Vital statistics of India. Vol. IV, Annual returns from 1871 to 1876. British Army of India, Native Army and jails of Bengal
Year: 1871
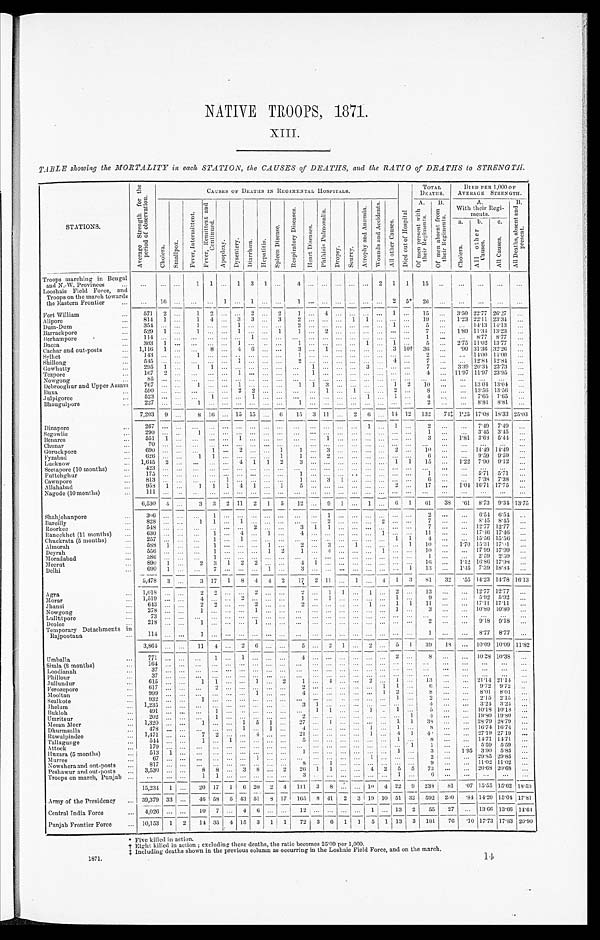
NATIVE TROOPS, 1871.
XIII.
TABLE showing the MORTALITY in each. STATION, the CAUSES of DEATHS, and the RATIO of DEATHS to ST
STRENGTH.
S T A T I O N S .
A v e r a g e S t r e n g t h f o r t h e p e r i o d o b s e r v a t i o n .
C A U S E S O F D E A T H S I N R E G I M E N T A L H O S P I T A L S .
D i e d o u t o f H o s p i t a l .
T O T A L D E A T H S .
D I E D P E R 1 , 0 0 0 O F A V E R A G E S T R E N G T H .
C h o l e r a . S m a l l p o x .
F e v e r , I n t e r m i t t e n t .
F e v e r , R e m i t t e n t a n d c o n t i n u e d .
A p o p l e x y .
D y s e n t e r y . D i a r r h œ a .
H e p a t i t i s .
S p l e e n D i s e a s e s .
R e s p i r a t o r y D i s e a s e s .
H e a r t d i s e a s e s .
P h t h i s i s p u l m o n a l i s .
D r o p s y . S e u r v y .
A t r o p h y a n d A n æ m i a . W o u n d s a n d A c c i d e n t s .
A l l o t h e r C a u s e s .
A .
o f m e n p r e s e n t w i t h t h e i r R e g i m e n t s B .
o f m e n a b s e n t f r o m t h e i r R e g i m e n t s .
A .
W i t h t h e i r R e g i m e n t s .
B .
A l l D e a t h s , a s e n t a n d p r e s e n t .
a .
C h o l e r a . b .
A l l o t h e r c a u s e s .
c .
A l l C a u s e s .
Troops marching in
Bengal and N.-W. Provinces ...
... ... ...
1 1 ... 1 3 1 .
..
4 . . . . . . . . .
... . . .
2 1 1 15
. . . . . . . . .
. . . . . .
Looshaie Field Force, and
Troops on the march towards
the Eastern Frontier ...
. . . 16 . . . . . . . . . 1 . . . 1 . . .
... 1 ... . . . . . . ... . . . . . . 2 5* 26 . . . ... ... ... ...
Fort William
... 571 2 . . . 1 2 ... ... 2 ... 2
1 ... 4 . . . ... . . . . . . 1 . . . 1 5 . . . 3.50 22.77 26.27 ...
Al i pore
... 814 1 ... 1 4 ... 3 3 ... 3 2 ... ... ... 1 1 . . . ... ... 19 ... 1.23 22.11 23.34 ...
Dum-Dum
. . .
3 5 4
... . . . 1 . . . . . . 1 . . . . . . ...
2 ... . . . . . . ... . . . . . . 1 . . . 5 . . .
. . . 1 4 . 1 3 1 4 . 1 3 ...
Barrackpore
. . . 529 1 . . . 1 . . . . . . 1 . . . . . . 1 1 ... 2 . . . ... . . . . . . . . . . . . 7 ... 1.89 11.34 13.23 . . .
Berhampore
. . . . .
1 1 4
... . . . . . . . . . . . . . . . . . . . . . . . . . 1 . . . ...
. . . ... . . . . . . ... ... . . . ... ... 1 ...
. . . 8.77 8.77 . . .
Dacca
. . . 363 1 ... ...
. . . . . . 1 ... . . ...
1 ... . . . . . . ... 1 . . . 1 . . . 5 . . . 2.75 11.02 13.77 ...
Cachar and out-posts ... 1,116 1 ... . . . 8 . . . 4 6 . . . ...
3 ... 1 . . . ... . . . . . . 3 1 0 † 36 ...
. 9 0 31.36 3 2 . 2 6 . . .
Sylhet
. . . 143 ... ... 1 ... ... .. ... . . . ...
1 ... . . . . . . ... . . . . . . . . . . . . 2 . . . ... 14.00 1 4 . 0 0 ...
Shillong
... 545 ... ... . . .
. . . . . . 1 . . . . . . ...
2 ... . . . . . . ... . . . . . . 4 . . . 7 . . . . . . 12.84 12.84 ...
Gowhatty
. . . 295 1 . . . 1 1 . . . . . . . . . . . . ...
. . .
1 . . . . . . ... 3 . . . . . . ... 7 . . . 3.39 20.34 23.73 . . .
Tezpore
...
1 6 7 2 . . . . . . . . . . . . 1 . . . . . . ...
. . .
1 . . . . . . ... . . . . . . . . . ... 4 ... 11.97 11.97 23.95 . . .
Nowgong
. . .
8 5 ... . . . . . . . . . . . . . . . . . . ... ... ... ... . . . . . . ... ... ... . . . . . . . . . ...
. . . . . .
. . . ...
Debrooghur and Upper Assam 767 ... . . . 1 . . . . . . 1 . . . . . .
... 1 1 3 . . . ... ... . . . 1 2 10 ... ... 13.04 13.04 . . .
Buxa
... 590 ... ... ... . . . . . . 2 2 . . .
... . . . ... 1 . . .
1 . . . . . . 2 . . . 8 ... ... 13.56 13.56; ...
Julpigoree
... 523 ... . . . . . . 1 . . . . . . 1 . . .
... . . . ... . . . . . . . . . 1 ... 1 . . . 4 . . . ... 7.65 7.65 . . .
Bhaugulpore
. . . 227 ... . . . 1 . . . . . . . . . . . . . . .
... 1 ... . . . . . . . . . . . . . . . . . . . . . 2 ... ... 8.81 8.81 ...
7,203 9 ... 8 16 ... 15 15 ... 6 15 3 11 ... 2 6 . . . 14 12 132 74‡ 1 . 2 5 17. 088 18.33 25.03
Dinapore
. . . 267 ... . . . . . . . . . . . . . . . . . . . . .
... . . . ... ... ... ... 1 . . . 1 . . . 2 . . . ... 7.49 7.49
. . .
Segowl i e
. . . 290 ... . . . 1 . . . ... ... ... ... ... ... ... ... . . . ... . . . . . . ... ... 1 . . . ... 3.45 3.45 . . .
Benares
. . .
5 5 1
1 . . . . . . . . . . . . 1 . . . . . . ... . . . ... 1
...
. . .
3 ...
1 . 8 1 3.63 5.44 . . .
Chunar
. . .
7 0
... . . . . . . . . . . . . . . . . . . . . . ... . . . ... . . . . . . ... . . . . . . . . . . . . . . . ... ...
. . . . . . . . .
Goruckpore
... 690 ... . . . . . . 1 . . . 2 . . . . . .
1 1 ... 3 . . . ... . . . . . . . 2 ... 10 ...
. . . 14.49 14.49 ...
Fyzabad
. . . 626 ... ...
1 1 . . . . . . . . . . . .
1
1 ... 2 . . .
... . . . . . . ... ... 6 ...
9.59 9 . 5 9 . . .
Lucknow
... 1,615 2 . . . ... . . . ... 4 1 1 2
3 ... . . . . . .
... . . . . . . 1 1 15 . . . 1. 22 7.90 9.12 . . .
Seelapore (10 months) ... 423 ... . . . . . . . . . . . . . . . . . . . . . ... . . . ... . . . ... ... . . . . . . . . . . . . . . . ... ... . . .
. . . ...
Futtehghur
...
1 7 5 ... . . . . . . . . . ... . . . ... ... ... . . . ... . . . . . .
... . . . . . ... ...
1 ... ... 5.71 5.71 . . .
Cawnpore
813 ... . . . . . . . . . 1 . . . . . . . . .
... 1... 3 1 ... . . . . . . ... . . . ... 6 . . . ... 7.38 7.38 ...
Allahabad
... 9,58 1 . . . l 1 1 4 1 . . . 1 5 ... ... . . . ... . . . . . . 2 . . . 17 ... 1.04 16.71 17.75 . . .
Nagode (10 months)
...
1 1 1 ... . . . . . . . . . . . . . . . . . . . . . . . . . .
... . . . . . . ... . . . . . . . . . . . . . . . . . .
. . . . . . ...
. . .
...
6,530
... 3 3
2 11 2 1
. 5 12 ... 9 1 ... 1 . . . 6 1 61 38
. 6 1 8.73 9 . 3 4 13.75
Shahjehanpore
. . .
3 0 6 ... . . . . . . 1 . . . . . . . . . . . . . . . . . .
... 1 . . .
... . . . . . . . . . . . . 2 ... ...
6 . 5 4 6 . 5 4
. . .
Barei l l y
... 828 ... ... 1 1 ... 1 ... . . . ... . . . ... 2 . . .
... . . . 2 . . . . . . 7 . . . ...
8 . 4 5 8 . 4 5
. . .
Roorkee
. . . 548 ... . . . . . . . . . . . . . . . 2 . . .
... 3 1 1 . . .
... . . . . . . . . . . . . 7 . . . ... 12.7 12.7 . . .
Raneekhet (11 months) . . . 630 ... . . . . . . 1 . . . 4 . . . 1 ... 4 ... . . . . . . .
... . . . 1 . . . . . . 1 1 . . . ...
1 7 . 4 6 1 7 . 4 6 . . .
Chuckrata (5 months) ... 257 ... . . . . . . 1 ... 1 . . . . . . ... . . . ... . . . . . . ... . . . . . . . 1 1
4 ... ... 15.56 15.5 . . .
AImorah
. . . 58 1 ...
. . . 1 . . . . . . . . . 1 ... 2 ... 3 ... 1 ... . . ... 1 10 ... 1.0 15.1 17.61 . . .
Deyrah
... 556 ... ...
. . . 1 . . . . . . . . . 1 2 1 ... 4 . . . . . . . . . 1 . . . . . . 10 . . . ... 17.9 17.9 . . .
Moradabad
. . .
8 8 6
... . . . . . . . 1 . . . . . . . . . . . . ... . . . . . . . . . ... ... . . . . . . . . . . . . . 1 . . . ... 2.59 2.59 . . .
Meerut
. . . 890 1 ... 2 3 1 2 2 ... ... 4 1 . . . . . . ... . . . ... . . . . . . 16 ... 1. 42 16.86 17.98 ...
Delhi
. . . 690 1 . . . . . . 7 . . . . . . . . . 1 ... 3 . . . . . . . . .
... . . . . . . . . . 1 13 . . .
1.45 7.39 18.84 . . .
5 . 4 7 8 3 . . . 3 17 1 8 4 4 2 17 2 111 . . . 1 . . . 4 1 3 81 32 *55 14.23 14.78 16.13
Agra
. . . 1,018 ... . . . 2 2 . . . . . . 2 . . . . . . 2 ... 1 1 ... 1 . . . 2 . . . 13 ... ... 12.77 12.77 . . .
Morar
... 1,519 ... ...
4 . . . . . . 2 . . . . . . . . . 1 ... 1 . . .
... . . . . . . 1 . . . 9
. . . ... 5.92 5.92 . . .
Jhansi
. . . 643 . . . . . . 2 2
. . . . . . 2 . . . . . . 2 ... . . . . . .
... 1 . . . 1 1 11 ... ... 17.11. 17.11 . . .
Nowgong
. . . 278 ... . . . 1 . . . . . . . . . 1 . . . . . . ... ... ... . . . ... . . . ... 1 . . . 3 ... ... 10.80 10.80 . . .
Lullutpore
. . .
7 3
... . . . . . . . . . . . . . . . . . . . . . ... . . . ... . . . . . . ... . . . . . . . . . . . . . . . . . . ...
. . .
. . . . . .
Deolee
. . . 218 ... . . . 1 . . . . . . . . . 1 ... ... . . . ... . . . . . . ... . . . . . . . . . . . . 2 ... ... 9.18 918 ...
Temporary Detachments in
Rajpootana
114 ... ... 1 . . . . . . . . . . . . . . .
... . . . ... ... ... ... .... ... . . . . . . 1 . . . ... 8.77 8.77 ...
3,864 ... ... 11 4 ... 2 6 . . . ... 5 ... 2 1 ... 2 ... 5 1 39 18 ... 10.09 10.09 11.82
Umballa
. . . 771 ... . . . . . . 1 . . . 1 . . . . . .
...
4 ... . . . . . .
... . . . . . . 2 . . . 8
. . . ... 10 .38 10.38 ...
Simla. (8 months)
. . . 164 . . . . . . . . . . . . . . . . . . . . . . . . ... . . . ... . . . . . . ... . . . . . . . . . . . . ... ... ... ... ... ...
Loodianah
. . . 37 ... . . . ... ... . . . . . . ... ... ... ... ... ... ... ... .... ... ... ... ... ... ... ... ...
. . .
Phillour
...
3 7 . . . . . . . . . . . . . . . . . . ... ... ... ... ... ... . . . ... .... ... ... . . . . . . . . .
. . . . . .
. . . ...
Jullundur
... 615 ... . . . 1 1 . . . . . . 1 . . .
2
1 ... 4 . . . ... 2 ... 1 . . . 13 ... ... 21.14 21.14 . . .
Ferozepore
. . . 617 ... ... . . . 2 ... ... ... ... ... 2 ... . . . . . . .
... . . . 1 1 . . . 6 . . . .. 9.72 9.72 . .
Mooltan
. . . 999 ... . . . . . . . . . . . . . . . 1 . . . ...
4 ... . . . . . .
... . . . 1 2 . . . 8 ...
. . . 8.01 8.01 ...
Sealkote
. . . 932 ... . . . 1 . . . . . . . . . . . . . . . ... ... ... ... . . ... ... ... 1 ...
2 . . .
. . . 2.15 2.15 . . .
Jhelum
... 1,235 ... ... . . . ... ... ... ... . . .
..
3 1 . . . . . .
... . . . . . . . . . . . . 4 ... ... 3.24 3.24 . . .
Bukl oh
. . . 491 ... . . . ... 1 . . . . . . . .
.......... ...
. . . 1 1 ... ... 1 1 . . 1 . . . 5 ... ... 10.1.8 10.18 ...
Umritsur
...
2 0 2 ... ... . . . 1 . . . . . . . . . . . .
...
2 . . . . . . ... ... . . . . . ... ... . . . 4 ... ... 19.80 19.80 ...
Meean :Mer
... 1,320 ... . . . 1 . . . . . . 1 5 1 ...
2 7 . . . 1 . . .
... . . . . . . 1 1
3 8 . . . ... 28.79 28.79 . . .
Dhurmsalla
. . .
4 7 8 ... . . . . . . . . . . . . 1 . . . 1 ...
4 . . . . . . . . .
... 1 . . . 1 . .
8 . . . ... 16.74 16.74 ...
Rawulpindee
. . . 1, 471. ... ... 7 2 . . . . . . 4 . . .
...
2 1 . . . . . . . . .
... 1 . . . 4 1 4 . . . . . . . . . . . ... 27.19 27.19 ...
Tallagunge
... 544 ... ... 1 . . . 1 . . . . . . . . .
...
5 . . . . . . . . .
... . . . . . . 1 . . . 8 . . . ... 14.71 14.71 . . .
A t t o c k
. . .
1 7 9 ... . . . . . . . . . . . . . . . . . . . . . . ... . . . ... . . . . . . ... . . . . . . . . . 1
1 . . .
. . . 5.59 5.59 . . .
Huzara (5 months)
... 513 1 ... . . . ... . . . . . . . . . . . .
...
1 ... . . . . . .
... . . . . . . 1 . . . 3 ... 1.95 3.90 5.85 . . .
Muree
. . . 67 ... ... ... ... ... . . . 1 . . .
...
. . .
... . . . . . .
... 1 . . . . . . . . . 2 . . .
... 29.85 29.85 ...
Nowshera and out-posts ... 817 ... ... ... ... ... ... . . . . . . ... 8 ... 1 . . .
... . . . . . . . . . . . . 9 ... ... 11.02 11.02 ...
Peshawur and out-posts ... 3,530 . . . . . . 8 8 ... 3 8 ... 2 26 1 1 ... ... 4 2 5 5 73 ... ... 20.68 20.68 ...
Troops on march, Punjab ... . . .
. . . . . . 1 1 . . . . . . . . . . . . . . . 3 . . . . . . . . .
... . . . . . . . 1 . . . 6 . . .
...
. . . . . . . ...
15,234 1 . . . 2 0 17 1
1 6 20 2 4 111 3 8 . . . ... 1 0
4 2 2 9 238 81 *07 15.55 15.62 18.53
Army of the Presidency ... 39,379 3
3 ... 4 6 58 5 43 51 8 17 165 8 41 2 3 19 10 51 32 592 200 ‫٭‬ 8 4 1 4 . 2 0 1 5 . 0 4 17.81
Central India Force
... 4,026 ... . . . 1 0 7 ... 4 6 . . . ... 12 ... . . .
...
. . . 1 ... 13 2 55 27 ... 13.66 13.66 14.64
Punjab Frontier Force
. . . 10,153 1 2 14 35 4 15 3 1 1 72 3 6 1 1 5 1 13 3 181 76 ‫٭‬ 1 0 17.73 17.83 20.90
* F i v e k i l l e d i n a c t i o n .
+ E i g h t k i l l e d i n a c t i o n ; e x c l u d i n g t h e s e d e a t h s , t h e r a t i o b e c o me s 2 5 ' 0 0 p e r 1 , 0 0 0 .
++I n c l u d i n g d e a t h s s h o wn i n t h e p r e v i o u s c o l u mn a s o c c u r r i n g i n t h e Lo s h a i c Fi e l d Fo r c e , a n d o n t h e ma r c h ,
1871.
14